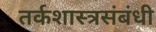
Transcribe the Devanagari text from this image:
तर्कशास्त्रसंबंधी